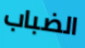
الضباب